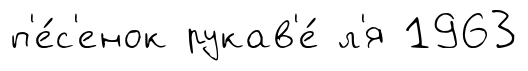
п'е́с'енок рукав'е́ л'я 1963